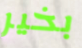
بخير